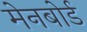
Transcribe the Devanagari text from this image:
मेनबोर्ड